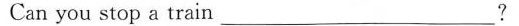
Can you stop a train ___?